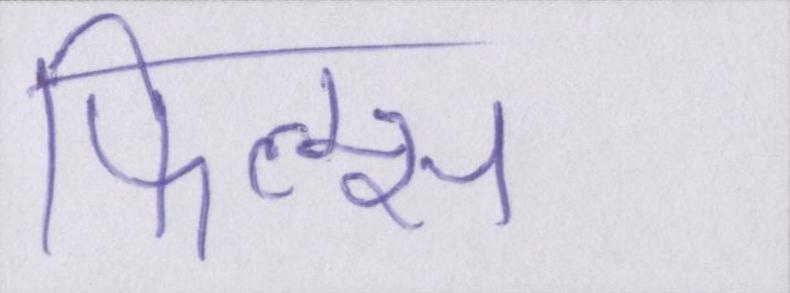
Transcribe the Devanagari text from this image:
फिल्म्स